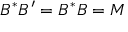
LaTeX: B ^ { * } B ^ { \prime } = B ^ { * } B = M